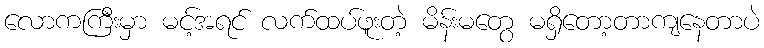
လောကကြီးမှာ မင့်အရင် လက်ထပ်ဖူးတဲ့ မိန်းမတွေ မရှိတော့တာကျနေတာပဲ